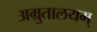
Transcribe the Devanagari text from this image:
अम्रुतालयम्